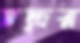
চন্দ্রর